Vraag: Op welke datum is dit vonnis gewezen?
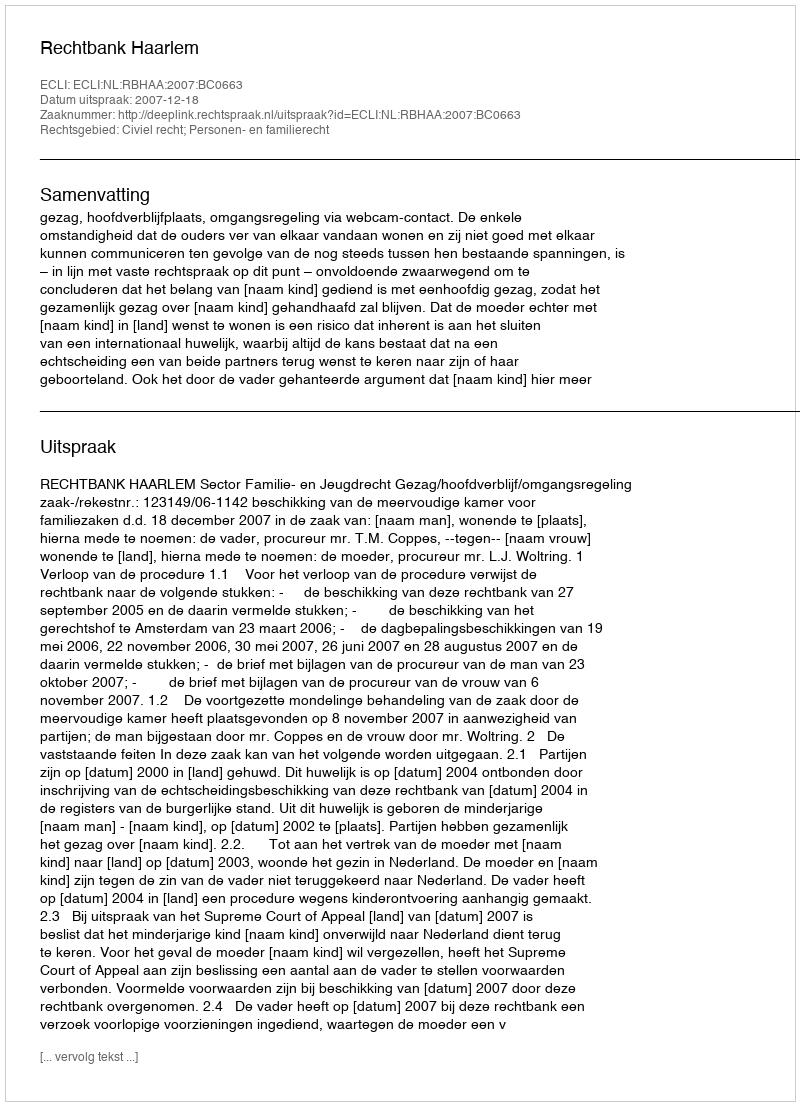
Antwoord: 2007-12-18